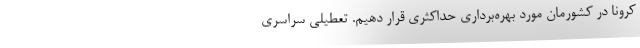
کرونا در کشورمان مورد بهره‌برداری حداکثری قرار دهیم. تعطیلی سراسری